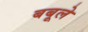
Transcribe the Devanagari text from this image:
बबूले